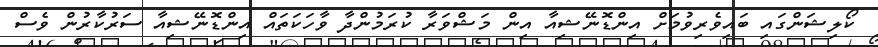
ކޯލިޝަންގައި ބައިވެރިވުމަށް އިންޑޮނޭޝިއާ އިން މަޝްވަރާ ކުރަމުންދާ ވާހަކަތައް އިންޑޮނޭޝިއާ ސަރުކާރުން ވެސް